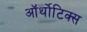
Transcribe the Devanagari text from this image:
ऑर्थोटिक्स